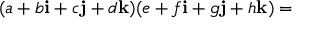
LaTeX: ( a + b \mathbf { i } + c \mathbf { j } + d \mathbf { k } ) ( e + f \mathbf { i } + g \mathbf { j } + h \mathbf { k } ) =